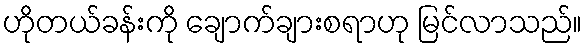
ဟိုတယ်ခန်းကို ချောက်ချားစရာဟု မြင်လာသည်။